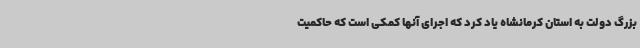
بزرگ دولت به استان کرمانشاه یاد کرد که اجرای آنها کمکی است که حاکمیت